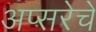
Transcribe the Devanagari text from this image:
अप्सरेचे